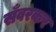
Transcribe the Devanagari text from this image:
सँवरकर